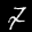
Label: 7